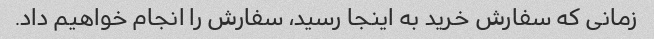
زمانی که سفارش خرید به اینجا رسید، سفارش را انجام خواهیم داد.